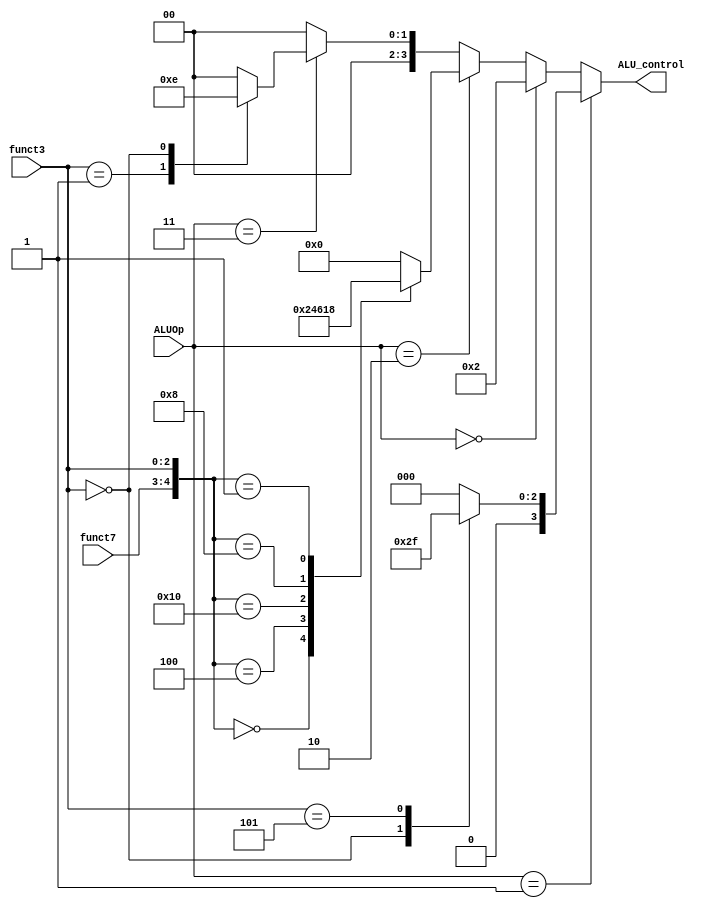
// Fetch     
// ALU  control  .

module ALU_CONTROL
(
	input  [1:0] funct7			,	//  funct7 
	input  [2:0] funct3			,	//  funct3 
	input  [1:0] ALUOp			,	// Control   ALUOP control signal

	output [3:0] ALU_control	
);

	reg [3:0] ALU_control_r;
	always @ (funct7, funct3 ,ALUOp) 		
	begin
		ALU_control_r = 4'b0;						//To prevent latch
		if (ALUOp == 2'b01) begin  					//beq, bge instructions
			case (funct3)
				0 :  ALU_control_r = 5;  			//beq
				5 :  ALU_control_r = 7;   			//bge 
				default : ALU_control_r = 4'b0;
			endcase 
		end 
		else if (ALUOp == 2'b00) begin 				//lw, sw instructions
			ALU_control_r = 2;				
		end 	
		else if (ALUOp == 2'b10) begin				//R-type instructions
			case ({funct7, funct3})		
				5'b00000 : ALU_control_r = 2;   	//add
				5'b00100 : ALU_control_r = 4;   	//xor
				5'b10000 : ALU_control_r = 6;  		//sub
				5'b01000 : ALU_control_r = 1;  		//mult
				5'b00001 : ALU_control_r = 8;       //matr
				default : ALU_control_r = 4'b0;		//default
			endcase
		end 
		else if (ALUOp == 2'b11) begin 				//addi, slli instructions 
			case (funct3)
				1 :  ALU_control_r = 3;  			//slli
				0 :  ALU_control_r = 2;				//addi
				default : ALU_control_r = 4'b0;		//default
			endcase
		end
		else begin 
				ALU_control_r = 4'b0;
		end
	end	
	
	assign ALU_control = ALU_control_r;

endmodule